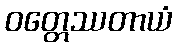
ဝတ္တေဿတာယံ